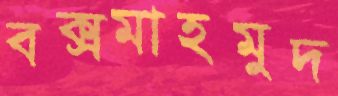
বক্সমাহমুদ